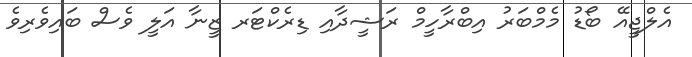
އެލްޖީއޭ ބޯޑު މެމްބަރު އިބްރާހީމް ރަޝީދާއި ޑިރެކްޓަރ ޒީނާ އަލީ ވެސް ބައިވެރިވެ